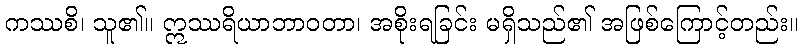
ကဿစိ၊ သူ၏။ ဣဿရိယာဘာဝတာ၊ အစိုးရခြင်း မရှိသည်၏ အဖြစ်ကြောင့်တည်း။